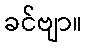
ခင်ဗျာ။